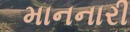
માનનારી